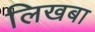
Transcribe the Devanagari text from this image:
लिखबा